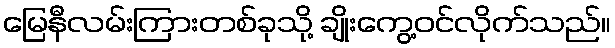
မြေနီလမ်းကြားတစ်ခုသို့ ချိုးကွေ့ဝင်လိုက်သည်။